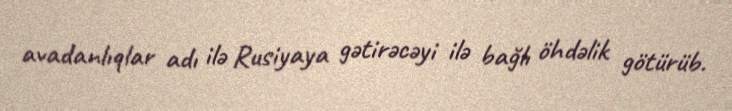
avadanlıqlar adı ilə Rusiyaya gətirəcəyi ilə bağlı öhdəlik götürüb.